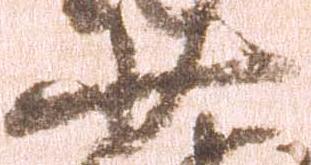
少